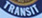
TRANSIT